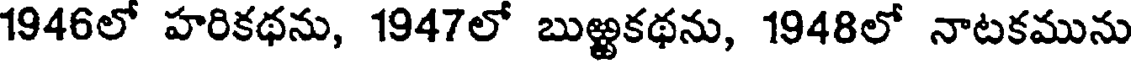
1946లో హరికథను, 1947లో బుఱ్ఱకథను, 1948లో నాటకమును